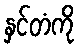
နှင်တံကို